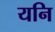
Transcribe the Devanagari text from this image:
यनि